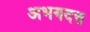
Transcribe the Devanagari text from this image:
अभयदत्त